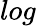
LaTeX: log